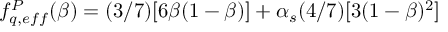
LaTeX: f _ { q , e f f } ^ { { \cal { P } } } ( \beta ) = ( 3 / 7 ) [ 6 \beta ( 1 - \beta ) ] + \alpha _ { s } ( 4 / 7 ) [ 3 ( 1 - \beta ) ^ { 2 } ]